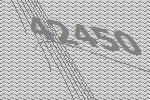
42450